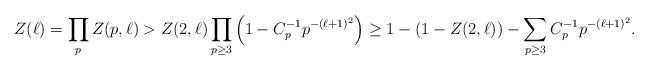
LaTeX: \begin{align*}Z(\ell)=\prod_p Z(p,\ell)>Z(2,\ell) \prod_{p\ge 3} \left( 1-C_p^{-1} p^{-(\ell+1)^2}\right)\ge 1 - (1-Z(2,\ell)) - \sum_{p\ge 3} C_p^{-1} p^{-(\ell+1)^2}.\end{align*}